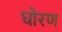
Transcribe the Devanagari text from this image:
घोरण